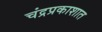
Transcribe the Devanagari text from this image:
चंद्रप्रकाशात